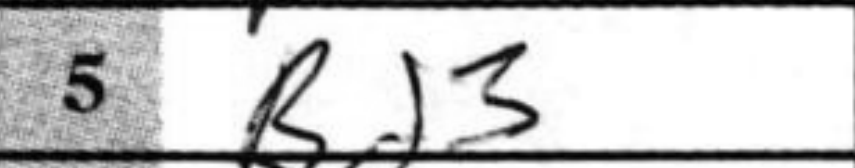
Transcription: Bd3